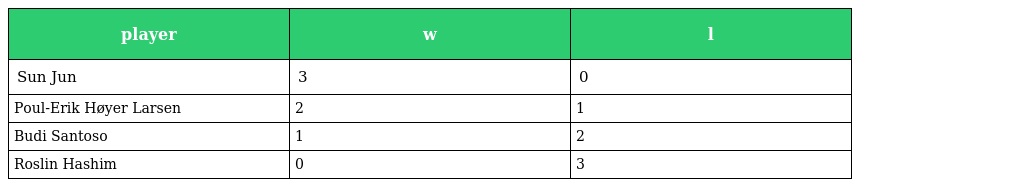
| player | w | l |
 | --- | --- | --- |
 | Sun Jun | 3 | 0 |
 | Poul-Erik Høyer Larsen | 2 | 1 |
 | Budi Santoso | 1 | 2 |
 | Roslin Hashim | 0 | 3 |